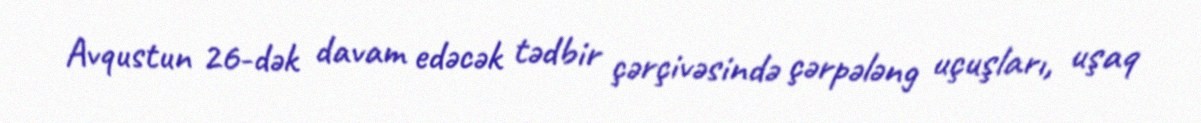
Avqustun 26-dək davam edəcək tədbir çərçivəsində çərpələng uçuşları, uşaq